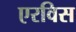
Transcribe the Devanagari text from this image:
एरविस